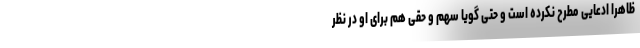
ظاهرا ادعایی مطرح نکرده است و حتی گویا سهم و حقی هم برای او در نظر